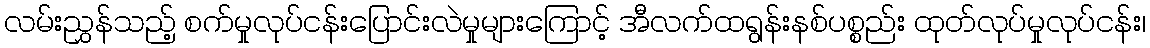
လမ်းညွှန်သည့် စက်မှုလုပ်ငန်းပြောင်းလဲမှုများကြောင့် အီလက်ထရွန်းနစ်ပစ္စည်း ထုတ်လုပ်မှုလုပ်ငန်း၊